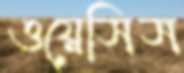
ওয়েসিস